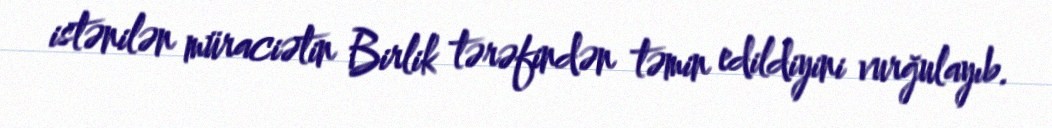
istənilən müraciətin Birlik tərəfindən təmin edildiyini vurğulayıb.